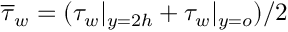
\overline { { \tau } } _ { w } = ( \tau _ { w } | _ { y = 2 h } + \tau _ { w } | _ { y = o } ) / 2